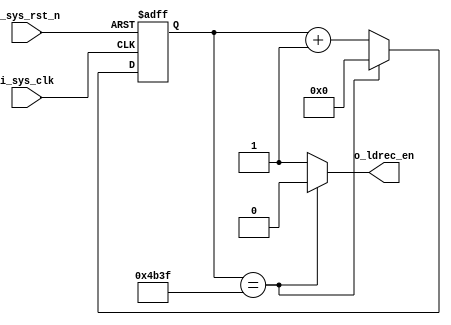
module ld_rec_en_unit(
	input 	i_sys_clk,
	input 	i_sys_rst_n,
	
	output   o_ldrec_en
);
	reg [23:0] count;
	
	always @ (posedge i_sys_clk or negedge i_sys_rst_n) 
	begin
		if (~i_sys_rst_n)
			count <= 0;
		else if (count == 16'd4999999)
			count <= 0;
		else
			count <= count + 1;
	end
	
	assign o_ldrec_en = (count == 16'd4999999) ? 0 : 1;


endmodule